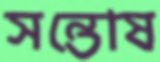
সন্তোষ